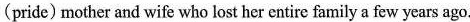
(pride) mother and wife who lost her entire family a few years ago.